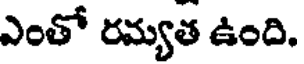
ఎంతో రమ్యత ఉంది.